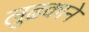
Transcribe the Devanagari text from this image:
लुढकाने